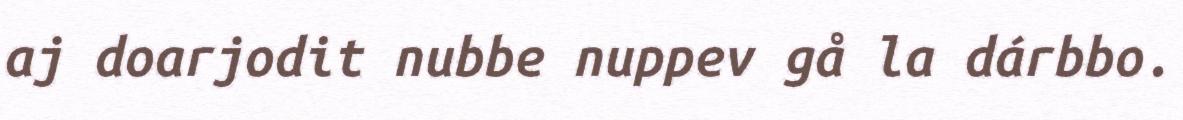
aj doarjodit nubbe nuppev gå la dárbbo.